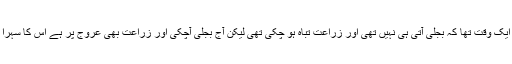
شہازشریف نے کہا کہ ایک وقت تھا کہ بجلی آتی ہی نہیں تھی اور زراعت تباہ ہو چکی تھی لیکن آج بجلی آچکی اور زراعت بھی عروج پر ہے اس کا سہرا نوازشریف کوجاتا ہے ۔